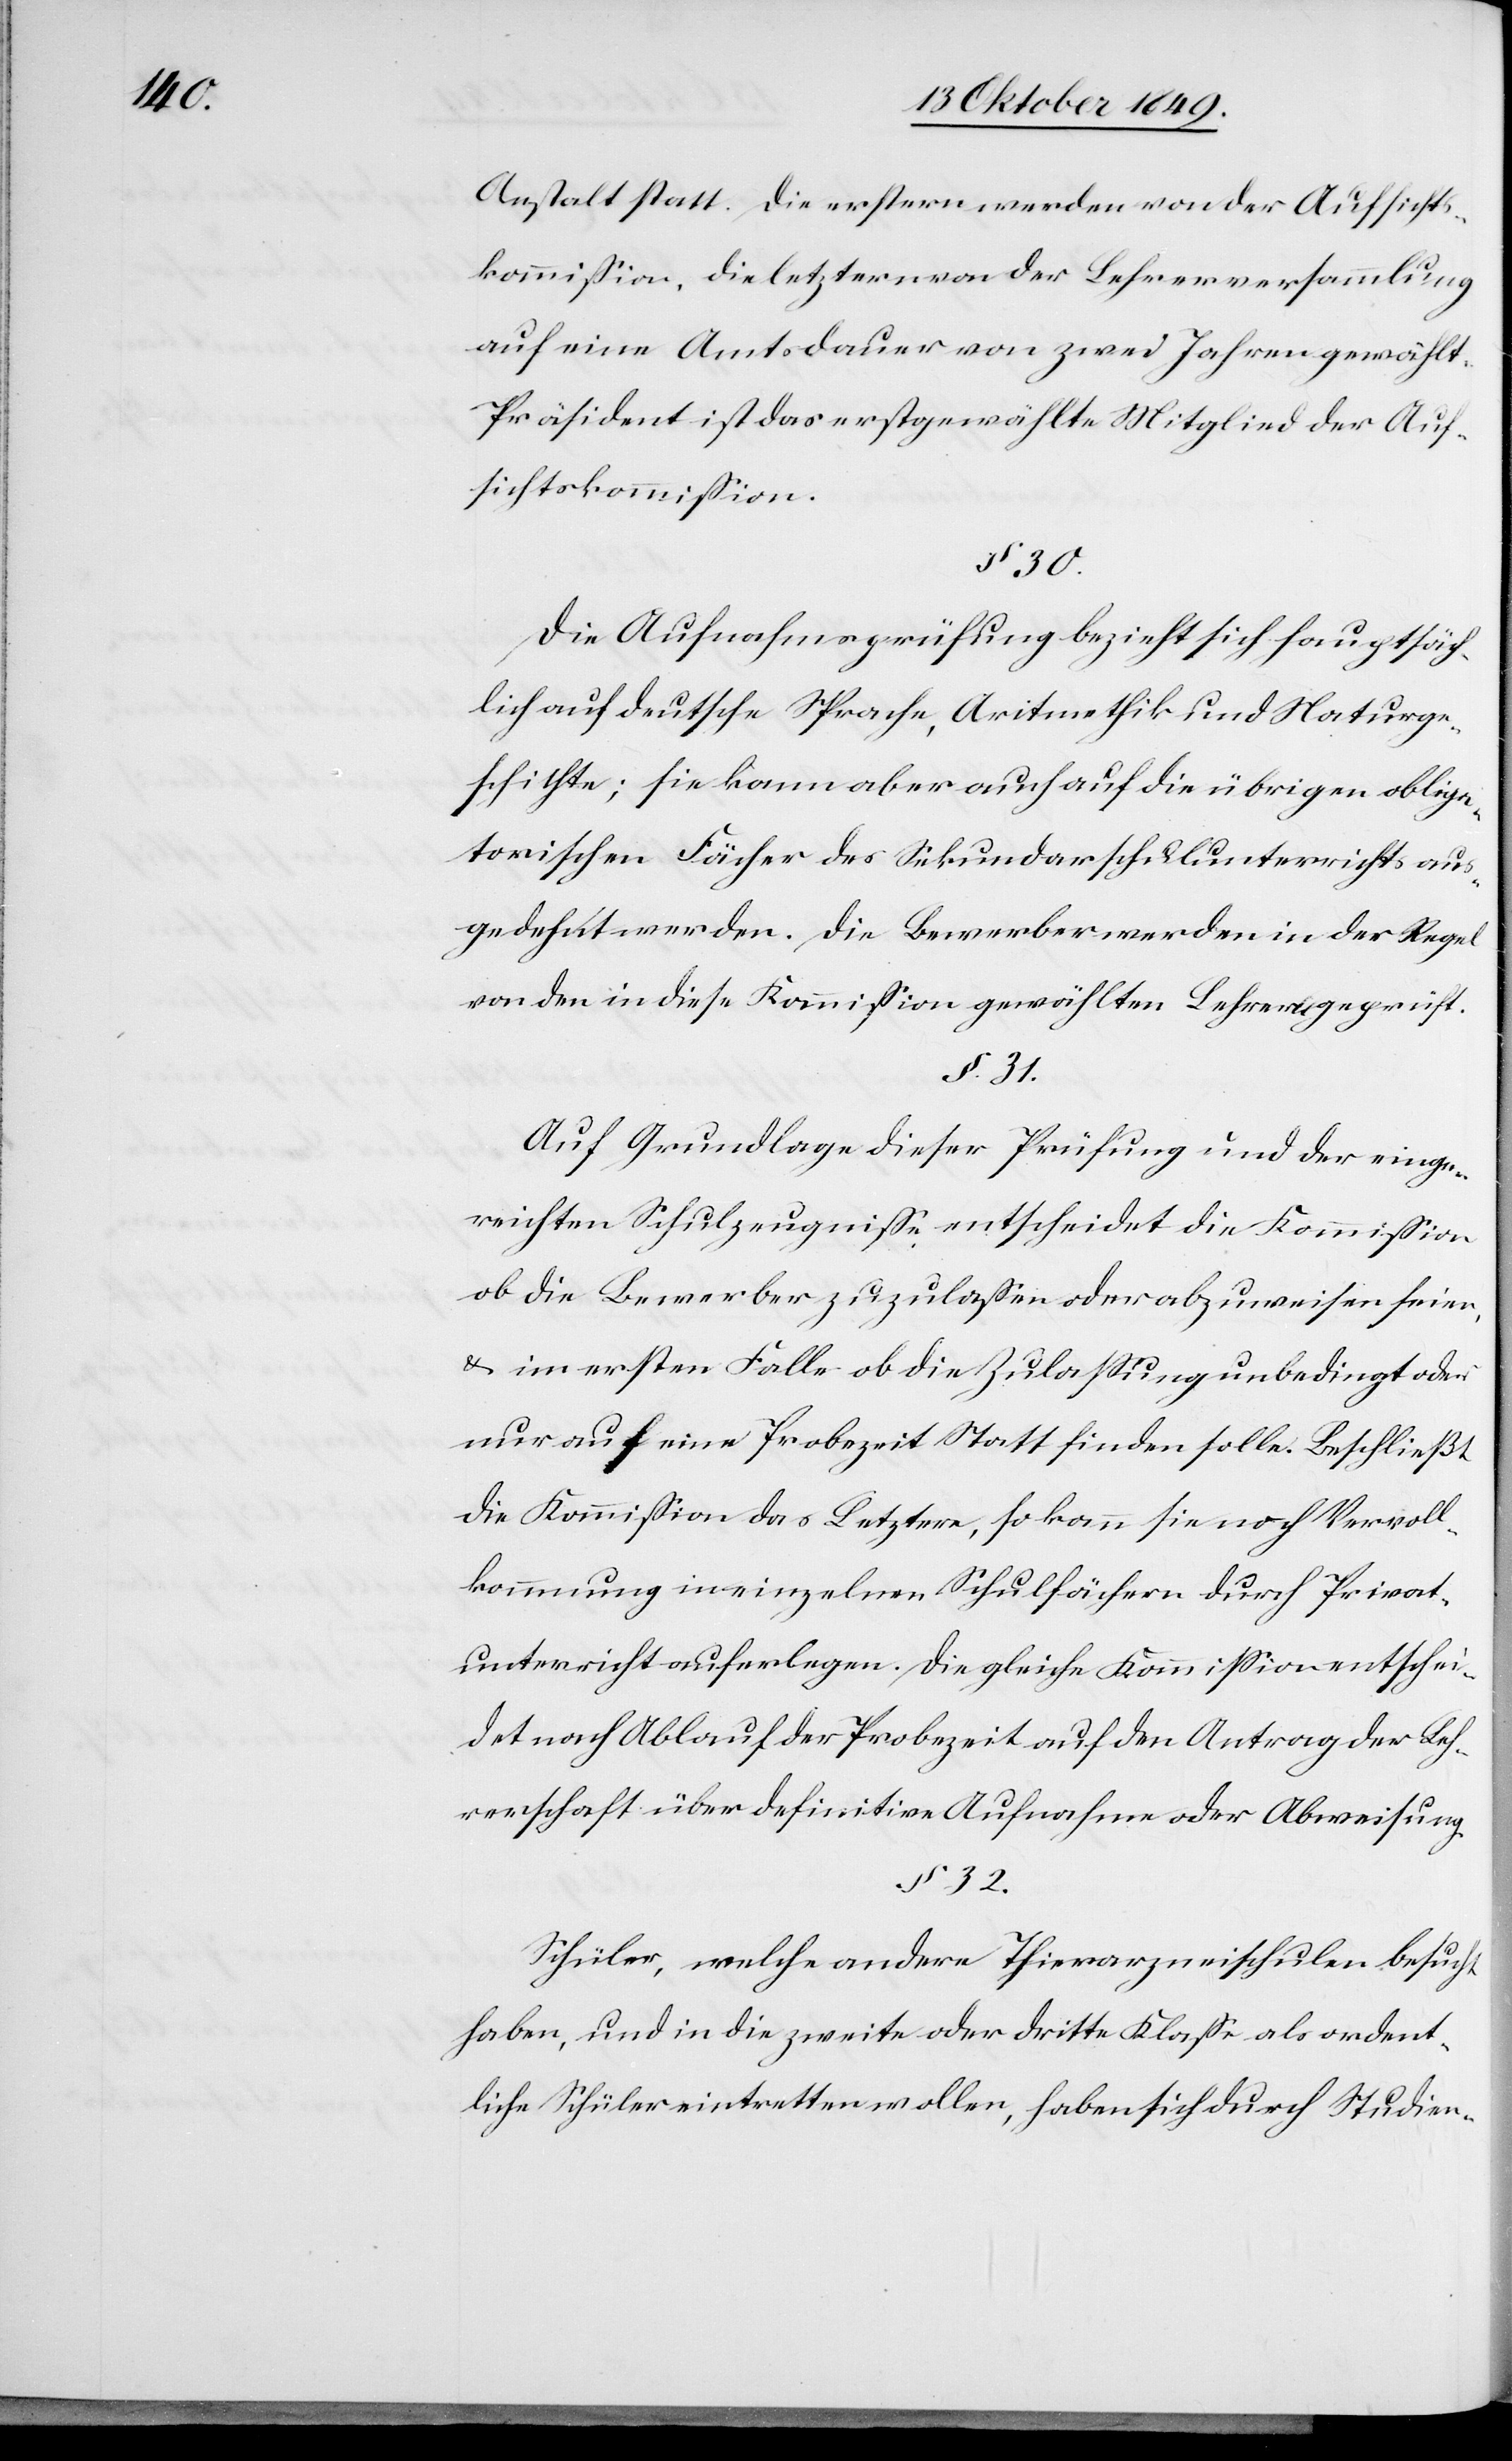
Anstalt statt. Die erstern werden von der Aufsichts¬
kommißion, die letztern von der Lehrerversammlung
auf eine Amtsdauer von zwei Jahren gewählt.
Präsident ist das erstgewählte Mitglied der Auf¬
sichtskommißion.
§ 30.
Die Aufnahmsprüfung bezieht sich hauptsäch¬
lich auf deutsche Sprache, Aritmethik und Naturge¬
schichte; sie kann aber auch auf die übrigen obliga¬
torischen Fächer des Sekundarschulunterrichts aus¬
gedehnt werden. Die Bewerber werden in der Regel
von den in diese Kommißion gewählten Lehrern geprüft.
§ 32.
Auf Grundlage dieser Prüfung und der einge¬
richteten Schulzeugniße entscheidet die Kommißion
ob die Bewerber zuzulaßen oder abzuweisen seien,
u. im erstern Falle ob die Zulaßung unbedingt ode¬
r auf eine Probezeit Statt finden solle. Beschließt
die Kommißion das Letztere, so kann sie noch Vervoll¬
kommnung in einzelnen Schulfächern durch Privat¬
unterricht auferlegen. Die gleiche Kommißion entschei¬
det nach Ablauf der Probezeit auf den Antrag der Leh¬
rerschaft über definitive Aufnahme oder Abweisung.
Schüler, welche andere Thierarzneischulen besucht
haben, und in die zweite oder dritte Klaße als ordent¬
liche Schüler eintretten wollen, haben sich durch Studien-